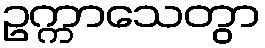
ဥက္ကာသေတွာ